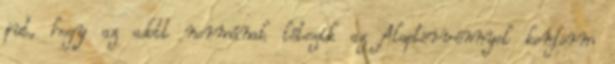
jut, hogy az adott normának létezik az Alaptörvénnyel konform